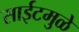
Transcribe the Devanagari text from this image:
साईटमुळे